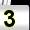
Digit: 3